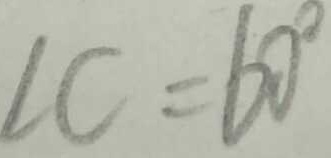
\angle C = 6 0 ^ { \circ }